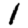
Digit: 1